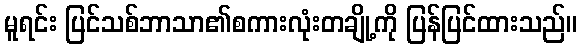
မူရင်း ပြင်သစ်ဘာသာ၏စကားလုံးတချို့ကို ပြန်ပြင်ထားသည်။